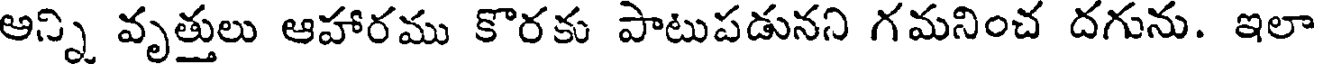
అన్ని వృత్తులు ఆహారము కొరకు పాటుపడునని గమనించ దగును. ఇలా